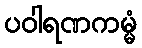
ပဝါရဏကမ္မံ